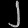
Digit: ၂